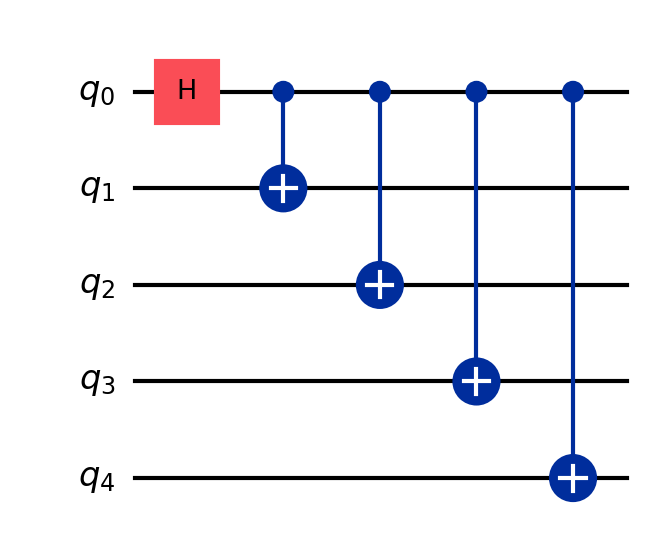
Description: 5-qubit GHZ state
描述: 5量子比特GHZ态
Category: qubit_scaling (difficulty: intermediate)
Qubits: 5, circuit depth: 5

Braket implementation:
from braket.circuits import Circuit
circuit = Circuit()
circuit.h(0)
for i in range(1, 5):
    circuit.cnot(0, i)